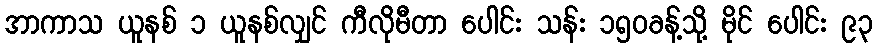
အာကာသ ယူနစ် ၁ ယူနစ်လျှင် ကီလိုမီတာ ပေါင်း သန်း ၁၅၀ခန့်သို့ မိုင် ပေါင်း ၉၃